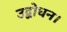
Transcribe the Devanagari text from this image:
उद्बोधन।